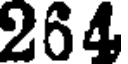
264